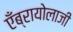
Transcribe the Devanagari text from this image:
एँब्रायोलाजी